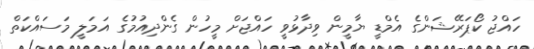
ހައްޖު ކޯޕަރޭޝަންގެ އެމްޑީ ޔާމީން ވިދާޅުވީ ހައްޖަށް މީހުން ގެންދިއުމުގެ އަމަލީ މަސައްކަތް